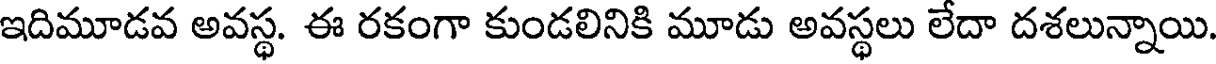
ఇదిమూడవ అవస్థ. ఈ రకంగా కుండలినికి మూడు అవస్థలు లేదా దశలున్నాయి.